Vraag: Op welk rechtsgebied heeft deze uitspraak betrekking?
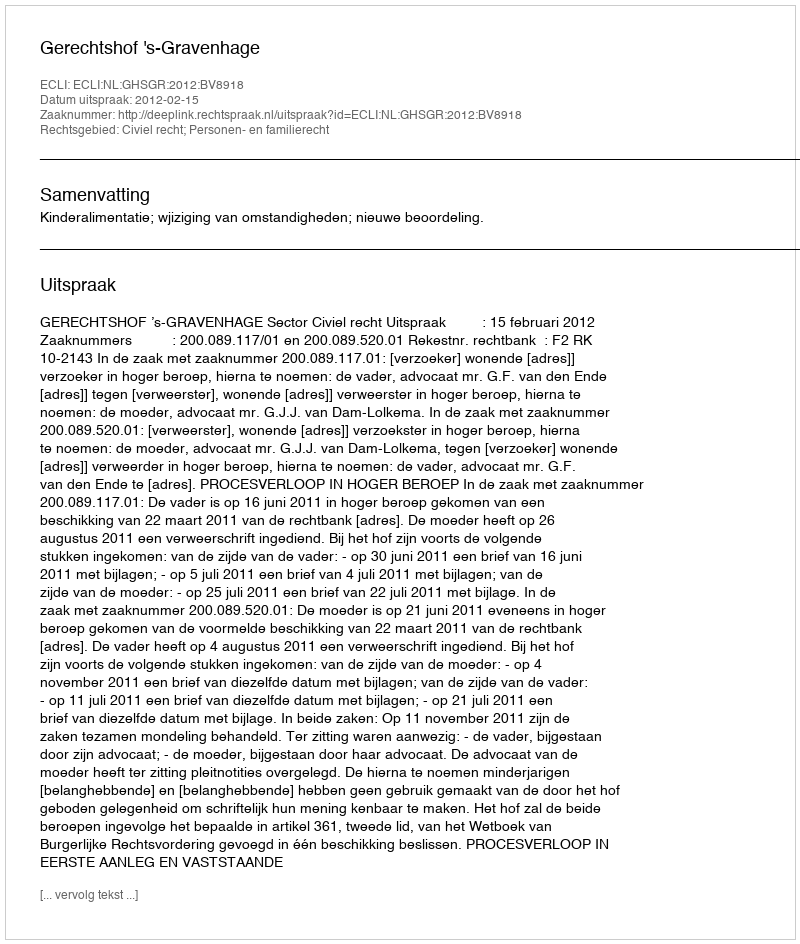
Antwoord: Civiel recht; Personen- en familierecht